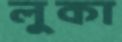
লুকা